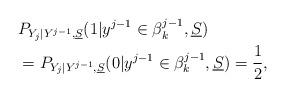
LaTeX: \begin{align*}&P_{Y_{j}| Y^{j-1}, \underline S }( 1| y^{j-1} \in \beta_k^{j-1}, \underline S) \\&=P_{Y_{j}| Y^{j-1}, \underline S }( 0| y^{j-1} \in \beta_k^{j-1}, \underline S) = \frac{1}{2}, \end{align*}